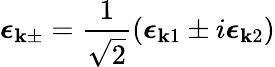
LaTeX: \boldsymbol{\epsilon}_{\mathbf{k}\pm}=\frac{1}{\sqrt{2}}(\boldsymbol{\epsilon}_{\mathbf{k}1}\pm i\boldsymbol{\epsilon}_{\mathbf{k}2})